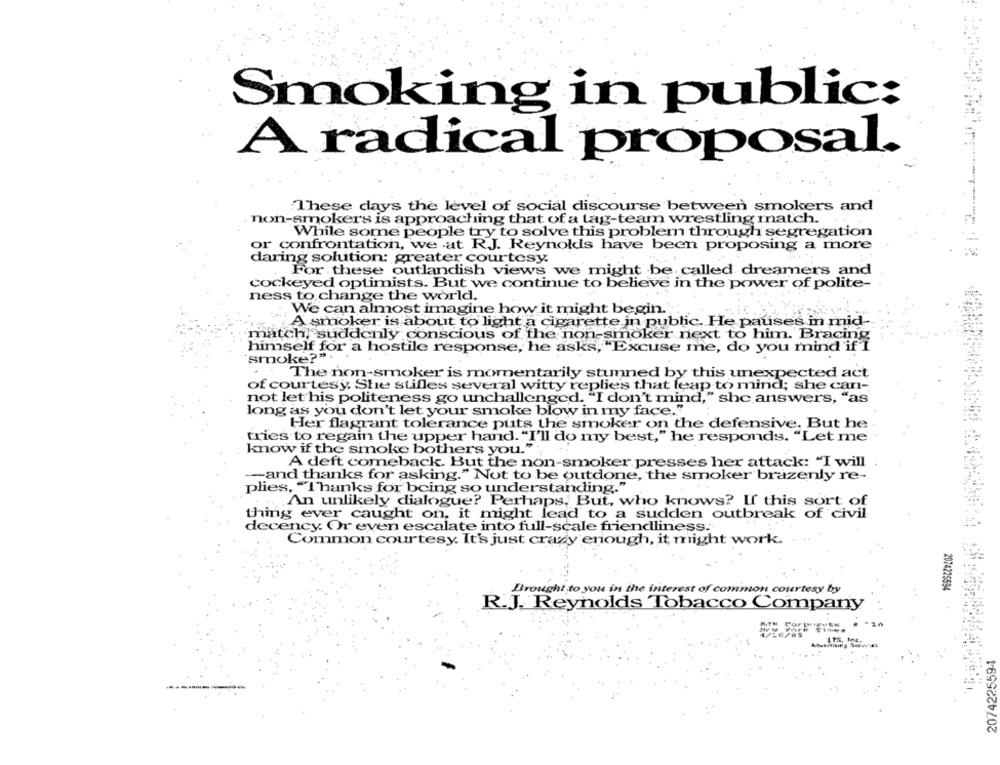
Smoking in public:
A radical proposal.
These days the level of social discourse between smokers and
non-smokers is approaching that of a tag-team wrestling match.
While some people try to solve this problem through segregation
or confrontation, we at RJ. Reynolds have been proposing a more
daring solution: greater courtesy.
For these outlandish views we might be called dreamers and
cockeyed optimists. But we continue to believe in the power of polite-
ness to change the world.
We can almost imagine how it might begin .:
A smoker is about to light a cigarette in public. He pauses in mid-
match, suddenly conscious of the non-smoker next to him. Bracing
himself for a hostile response, he asks, "Excuse me, do you mind if I
smoke?"
The non-smoker is momentarily stunned by this unexpected act
of courtesy. She stilles several witty replies that leap to mind; she can-
not let his politeness go unchallenged. "I don't mind," she answers, "as
long as you don't let your smoke blow in my face."
Her flagrant tolerance puts the smoker on the defensive, But he
tries to regain the upper hand. "I'll do my best," he responds. "Let me
know if the smoke bothers you.";
A deft comeback. But the non-smoker presses her attack: "I will
-- and thanks for asking." Not to be outdone, the smoker brazenly re-
plies, ""Thanks for being so understanding."
An unlikely dialogue? Perhaps, But, who knows? If this sort of
thing ever caught on, it might lead to a sudden outbreak of civil
decency. Or even escalate into full-scale friendliness ..
Common courtesy. It's just crazy enough, it might work.
2074225594
Brought to you in the interest of common courtesy by
R.J. Reynolds Tobacco Company
- 20
2074225594